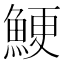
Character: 鯁